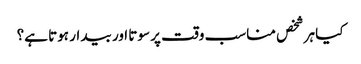
کیا ہر شخص مناسب وقت پر سوتا اور بیدار ہوتا ہے؟